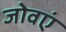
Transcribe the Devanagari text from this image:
जोवएं